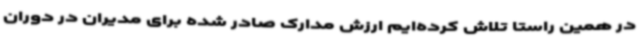
در همین راستا تلاش کرده‌ایم ارزش مدارک صادر شده برای مدیران در دوران